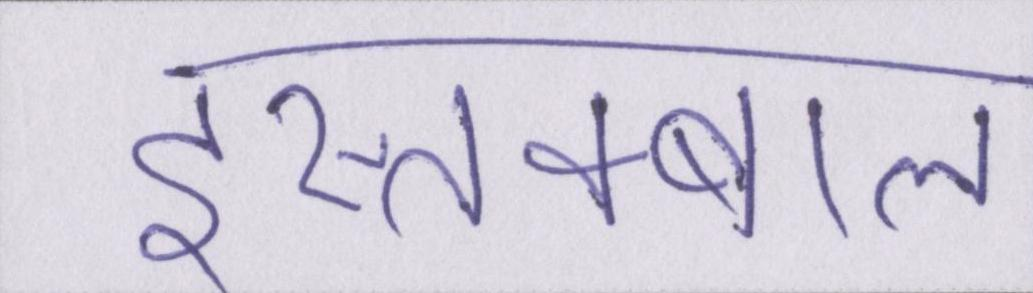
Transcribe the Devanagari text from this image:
इस्तक्बाल